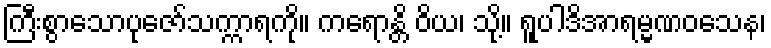
ကြီးစွာသောပုဇော်သက္ကာရကို။ ကရောန္တိ ဝိယ၊ သို့။ ရူပါဒိအာရမ္မဏဝသေန၊